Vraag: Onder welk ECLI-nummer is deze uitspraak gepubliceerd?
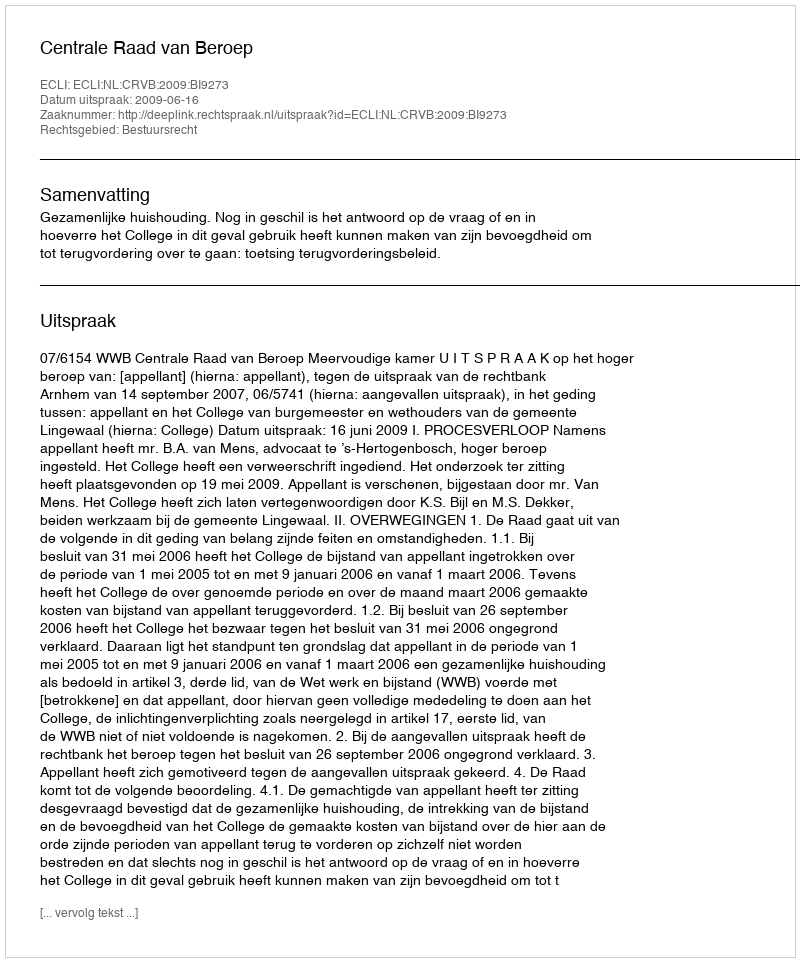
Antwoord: ECLI:NL:CRVB:2009:BI9273